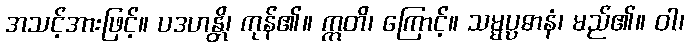
အသင့်အားဖြင့်။ ပဒဟန္တိ၊ ကုန်၏။ ဣတိ၊ ကြောင့်။ သမ္မပ္ပဓာနံ၊ မည်၏။ ဝါ၊